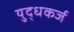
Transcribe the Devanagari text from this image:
युद्धकर्ज